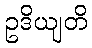
ဥဒိယျတိ